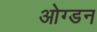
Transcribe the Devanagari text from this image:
ओग्डन